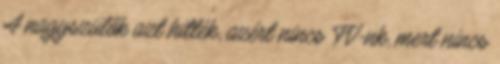
A nagyszülők azt hitték, azért nincs TV-nk, mert nincs